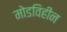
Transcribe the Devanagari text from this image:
मोडविहीन